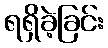
ရရှိခဲ့ခြင်း